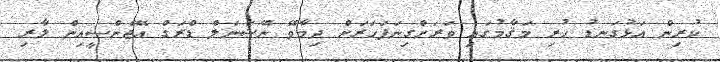
ކުރިން އަޅުގަނޑު ހުރި މަޤާމުގައި ވަރަށްގިނަފަހަރަށް ދިމާވޭ ނޭޝަނަލް ޑްރަގް އޭޖެންސީއިން ލާރި